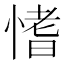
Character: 愭